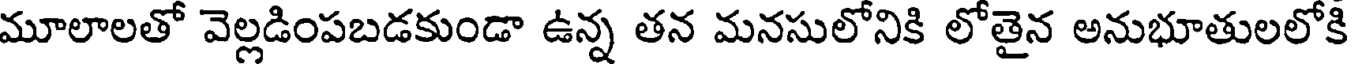
మూలాలతో వెల్లడింపబడకుండా ఉన్న తన మనసులోనికి లోతైన అనుభూతులలోకి